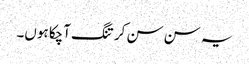
یہ سن سن کر تنگ آچکا ہوں۔